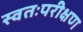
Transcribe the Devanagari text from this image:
स्वतःपरीक्षण